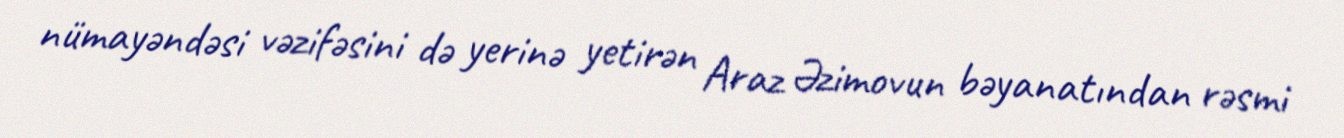
nümayəndəsi vəzifəsini də yerinə yetirən Araz Əzimovun bəyanatından rəsmi